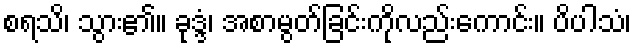
စရသိ၊ သွား၏။ ခုဒ္ဒံ၊ အစာမွတ်ခြင်းကိုလည်းကောင်း။ ပိပါသံ၊